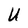
Character: U